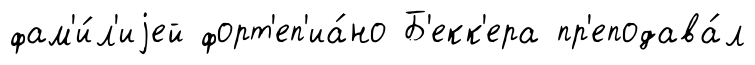
фам'и́л'иjей форт'еп'иа́но Б'екк'ера пр'еподава́л